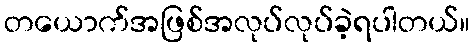
တယောက်အဖြစ်အလုပ်လုပ်ခဲ့ရပါတယ်။